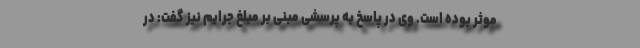
موثر بوده است. وی در پاسخ به پرسشی مبنی بر مبلغ جرایم نیز گفت: در